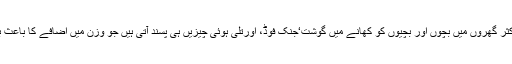
آج کل اکثر گھروں میں بچوں اور بچیوں کو کھانے میں گوشت‘جنک فوڈ، اورتلی ہوئی چیزیں ہی پسند آتی ہیں جو وزن میں اضافے کا باعث بنتی ہیں۔